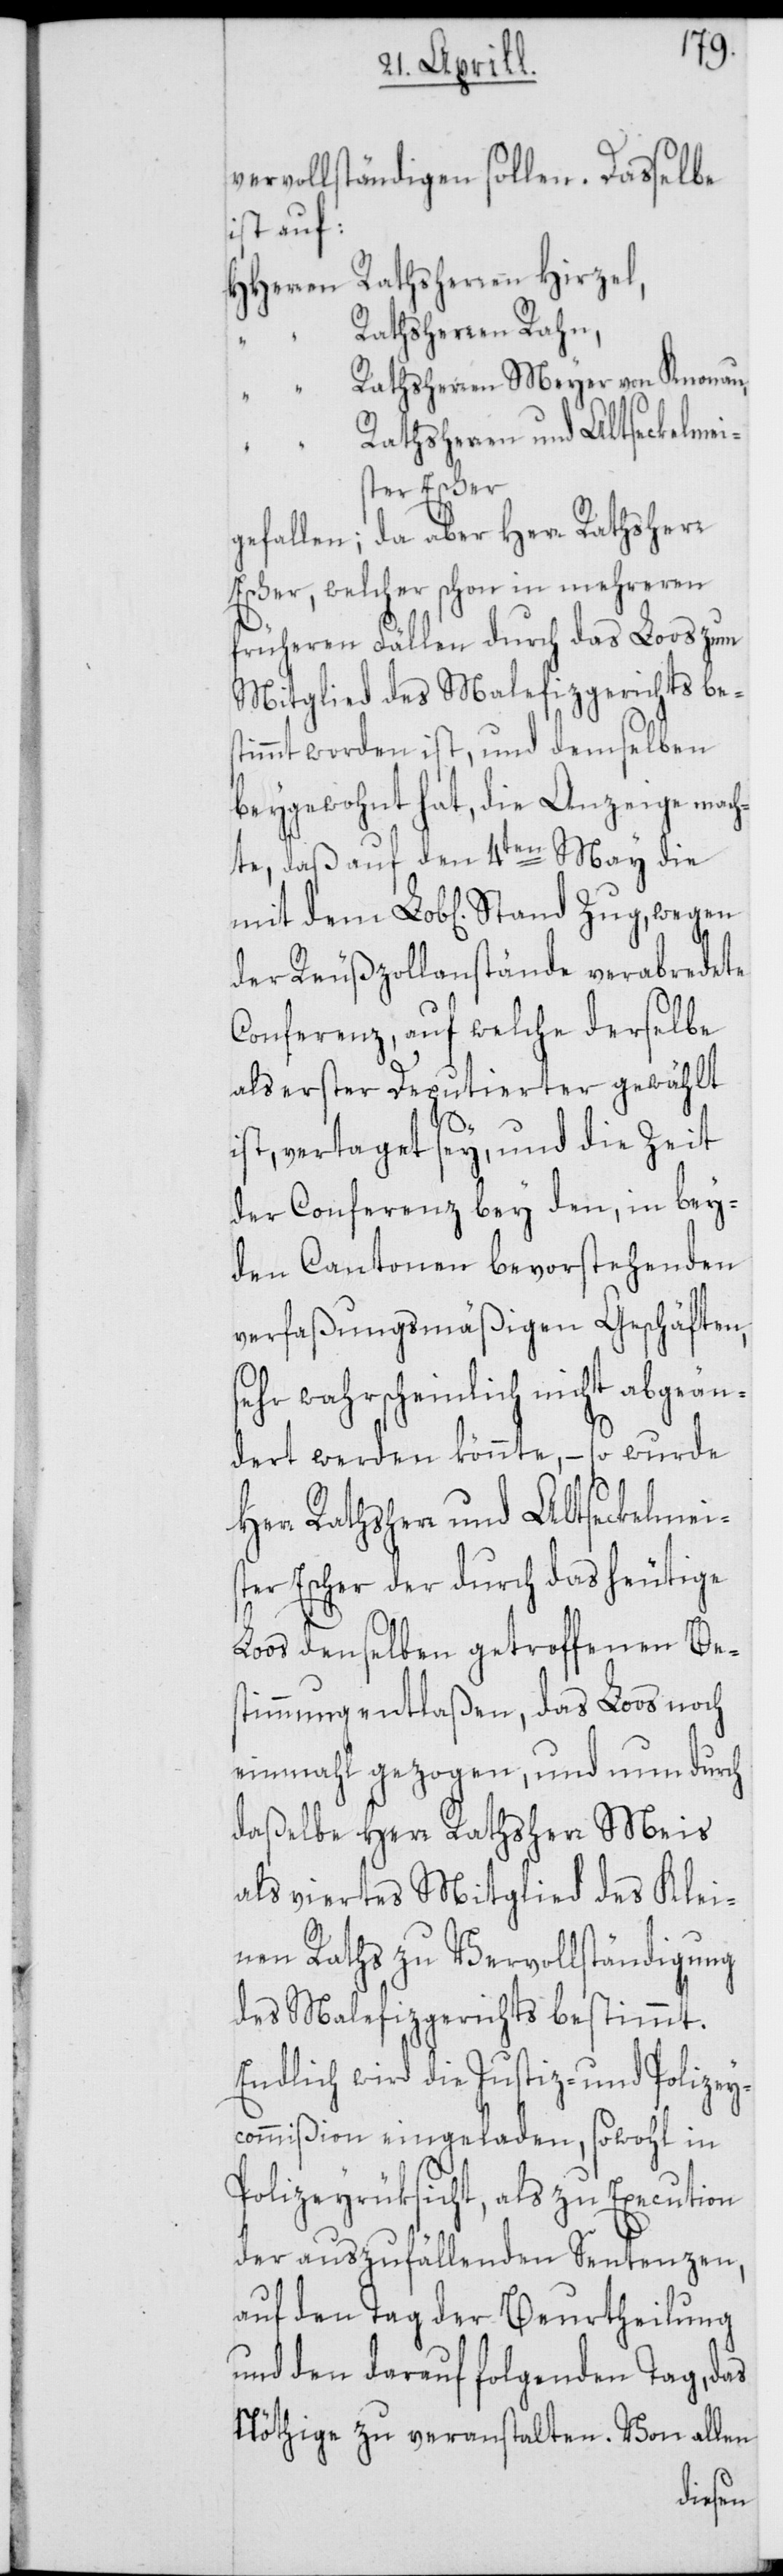
L¬
vervollständigen sollen. Dasselbe
ist auf:
HHerren Rathsherren Hirzel,
Rathsherren Rahn,
Rathsherren Meyer von Knonau,
Rathsherr und Altseckelmeis¬
ster Escher
gefallen; da aber Herr Rathsherr
Escher, welcher schon in mehreren
früheren Fällen durch das Loos zum
Mitglied des Malefizgerichts be¬
stimmt worden ist, und demselben
beygewohnt hat, die Anzeige mach¬
te, daß auf den 4ten May die
der Reußzollanstände verabredete
Conferenz, auf welche derselbe
als erster Deputierter gewählt
ist, vertaget sey, und die Zeit
der Conferenz bey den, in bey¬
den Cantonen bevorstehenden
verfaßungsmäßigen Geschäften,
sehr wahrscheinlich nicht abgeän¬
dert werden könnte, – so wurde
ter Escher der durch das heutige
oos denselben getroffenen Bes¬
timmung entlaßen, das Loos noch
einmahl gezogen, und nun durch
daßelbe Herr Rathsherr Meis
als viertes Mitglied des Klei¬
nen Raths zu Vervollständigung
des Malefizgerichts bestimmt.
Endlich wird die Justiz- und Polizey¬
commißion eingeladen, sowohl in
Polizeyrüksicht, als zu Execution
der auszufällenden Sentenzen,
auf den Tag der Beurtheilung
und den darauf folgenden Tag, das
Nöthige zu veranstalten. Von allen